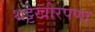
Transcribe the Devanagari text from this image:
थट्टेखोरपणा